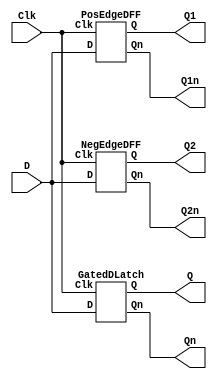
module Lab5p1(D,Q,Qn,Q1,Q1n,Q2,Q2n,Clk);
	input D,Clk;
	output Q,Qn,Q1,Q1n,Q2,Q2n;
	GatedDLatch p1(D,Q,Qn,Clk);
	PosEdgeDFF p2(D,Q1,Q1n,Clk);
	NegEdgeDFF p3(D,Q2,Q2n,Clk);
	endmodule

module GatedDLatch(D,Q,Qn,Clk);
	input D,Clk;
	output reg Q,Qn;
	always @(D,Clk)
		begin
		if(Clk==1'b1)
			begin
			Q=D;
			Qn=~D;
			end
		end
endmodule

module PosEdgeDFF(D,Q,Qn,Clk);
	input D,Clk;
	output reg Q,Qn;
	always @(posedge Clk)
		begin
			Q<=D;
			Qn<=~D;
		end
endmodule

module NegEdgeDFF(D,Q,Qn,Clk);
	input D,Clk;
	output reg Q,Qn;
	always @(negedge Clk)
		begin
			Q<=D;
			Qn<=~D;
		end
endmodule